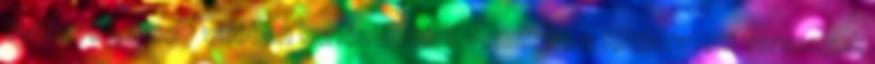
élményét, amely valóban kuriózumként vonult be a félmaratoni versenyek